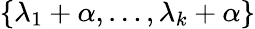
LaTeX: \{ \lambda_{1}+\alpha,\ldots,\lambda_{k}+\alpha\}